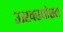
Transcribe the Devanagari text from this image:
ऊखरपोस्त